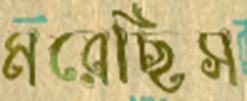
মরেছিস